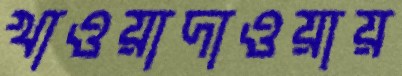
খাওয়াদাওয়ায়